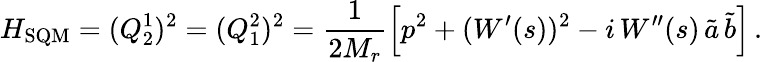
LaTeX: H_{\mathrm{SQM}}=(Q_{2}^{1})^{2}=(Q_{1}^{2})^{2}=\frac{1}{2M_{r}}\left[p^{2}+(W^{\prime}(s))^{2}-i\, W^{\prime\prime}(s)\, \tilde{a}\, \tilde{b}\right]\, .